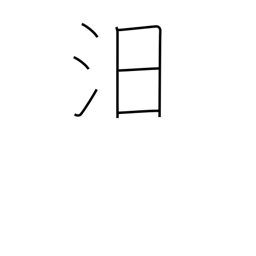
Meaning: to sink